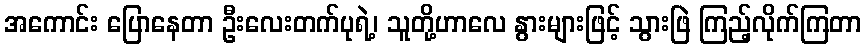
အကောင်း ပြောနေတာ ဦးလေးတက်ပုရဲ့၊ သူတို့ဟာလေ နွားများဖြင့် သွားဖြဲ ကြည့်လိုက်ကြတာ